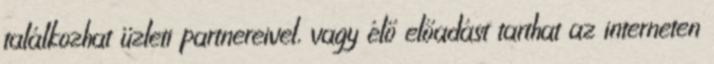
találkozhat üzleti partnereivel, vagy élő előadást tarthat az interneten